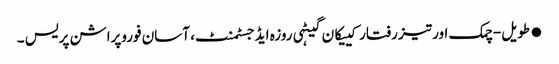
●طویل-چمک اور تیز رفتار کییکان گیٹہی روزہ ایڈجسٹمنٹ، آسان فوروپراشن پریس ۔